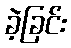
ခဲ့ခြင်း